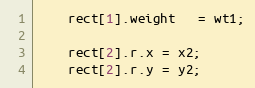
Language: C++
    rect[1].weight   = wt1;

    rect[2].r.x = x2;
    rect[2].r.y = y2;